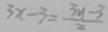
3 x - 3 = \frac { 3 y - 3 } { 2 }